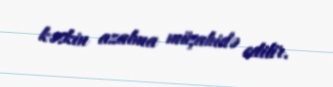
kəskin azalma müşahidə edilir.